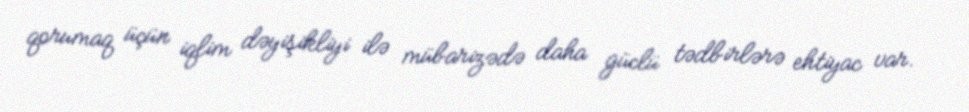
qorumaq üçün iqlim dəyişikliyi ilə mübarizədə daha güclü tədbirlərə ehtiyac var.